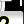
Digit: 2